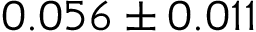
0 . 0 5 6 \pm 0 . 0 1 1